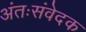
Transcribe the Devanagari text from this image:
अंतःसंवेदक